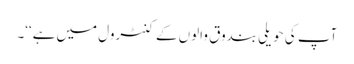
آپ کی حویلی بندوق والوں کے کنٹرول میں ہے‘‘۔